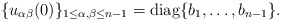
\begin{align*}\{u_{\alpha \beta} (0)\}_{1 \leq \alpha, \beta \leq n-1} = \mathrm{diag} \{b_1, \ldots, b_{n-1}\}.\end{align*}